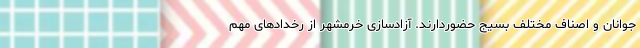
جوانان و اصناف مختلف بسیج حضوردارند. آزادسازی خرمشهر از رخدادهای مهمِ